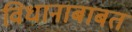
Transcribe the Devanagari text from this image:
विधानाबाबत